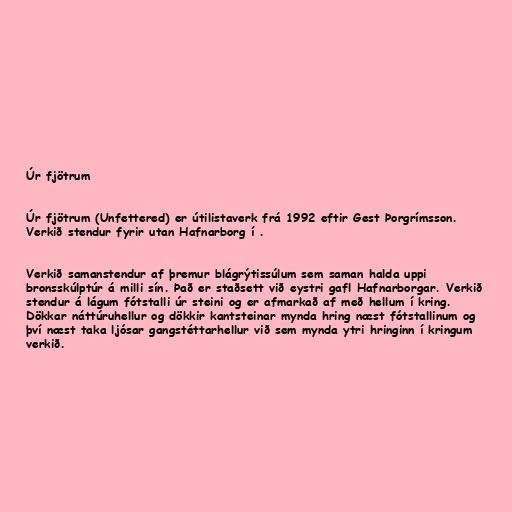
Úr fjötrum

Úr fjötrum (Unfettered) er útilistaverk frá 1992 eftir Gest Þorgrímsson.
Verkið stendur fyrir utan Hafnarborg í .

Verkið samanstendur af þremur blágrýtissúlum sem saman halda uppi
bronsskúlptúr á milli sín. Það er staðsett við eystri gafl Hafnarborgar. Verkið
stendur á lágum fótstalli úr steini og er afmarkað af með hellum í kring.
Dökkar náttúruhellur og dökkir kantsteinar mynda hring næst fótstallinum og
því næst taka ljósar gangstéttarhellur við sem mynda ytri hringinn í kringum
verkið.